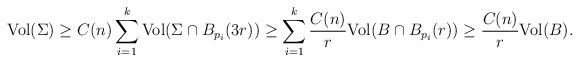
LaTeX: \begin{align*}{\rm Vol} (\Sigma )\geq C(n) \sum_{i=1}^{k} {\rm Vol} (\Sigma\cap B_{p_i}(3r) )\geq\sum_{ i=1}^{k}\frac{C(n)}{r}{\rm Vol} (B \cap B_{p_i}(r) )\geq \frac{C(n)}{r}{\rm Vol} (B ).\end{align*}